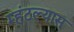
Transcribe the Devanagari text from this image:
म्हंटल्यास